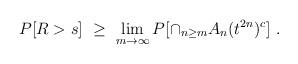
LaTeX: \begin{align*}P[R>s]\ \ge\ \lim_{m\to\infty} P[\cap_{n\ge m}A_n(t^{2n})^c]\ .\end{align*}